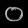
Digit: ၀